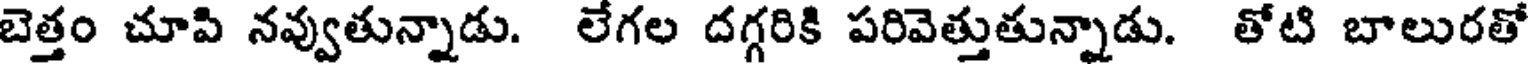
బెత్తం చూపి నవ్వుతున్నాడు. లేగల దగ్గరికి పరివెత్తుతున్నాడు. తోటి బాలురతో